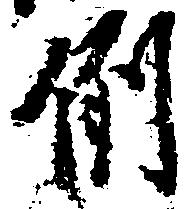
例